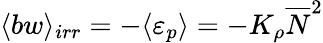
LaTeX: \langle bw\rangle_{irr}=-\langle\varepsilon_{p}\rangle=-K_{\rho}\overline{{N}}^{2}